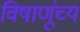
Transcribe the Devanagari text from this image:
विषाणूंच्य